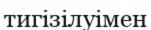
тигізілуімен